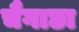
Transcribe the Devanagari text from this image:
चैगाछा